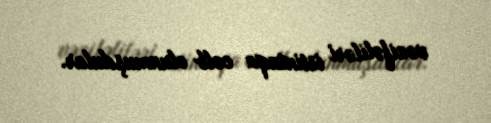
vəzifəliləri istintaqa cəlb olunmuşdular.